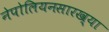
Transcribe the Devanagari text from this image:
नेपोलियनसारख्या